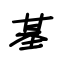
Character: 基